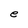
Character: e